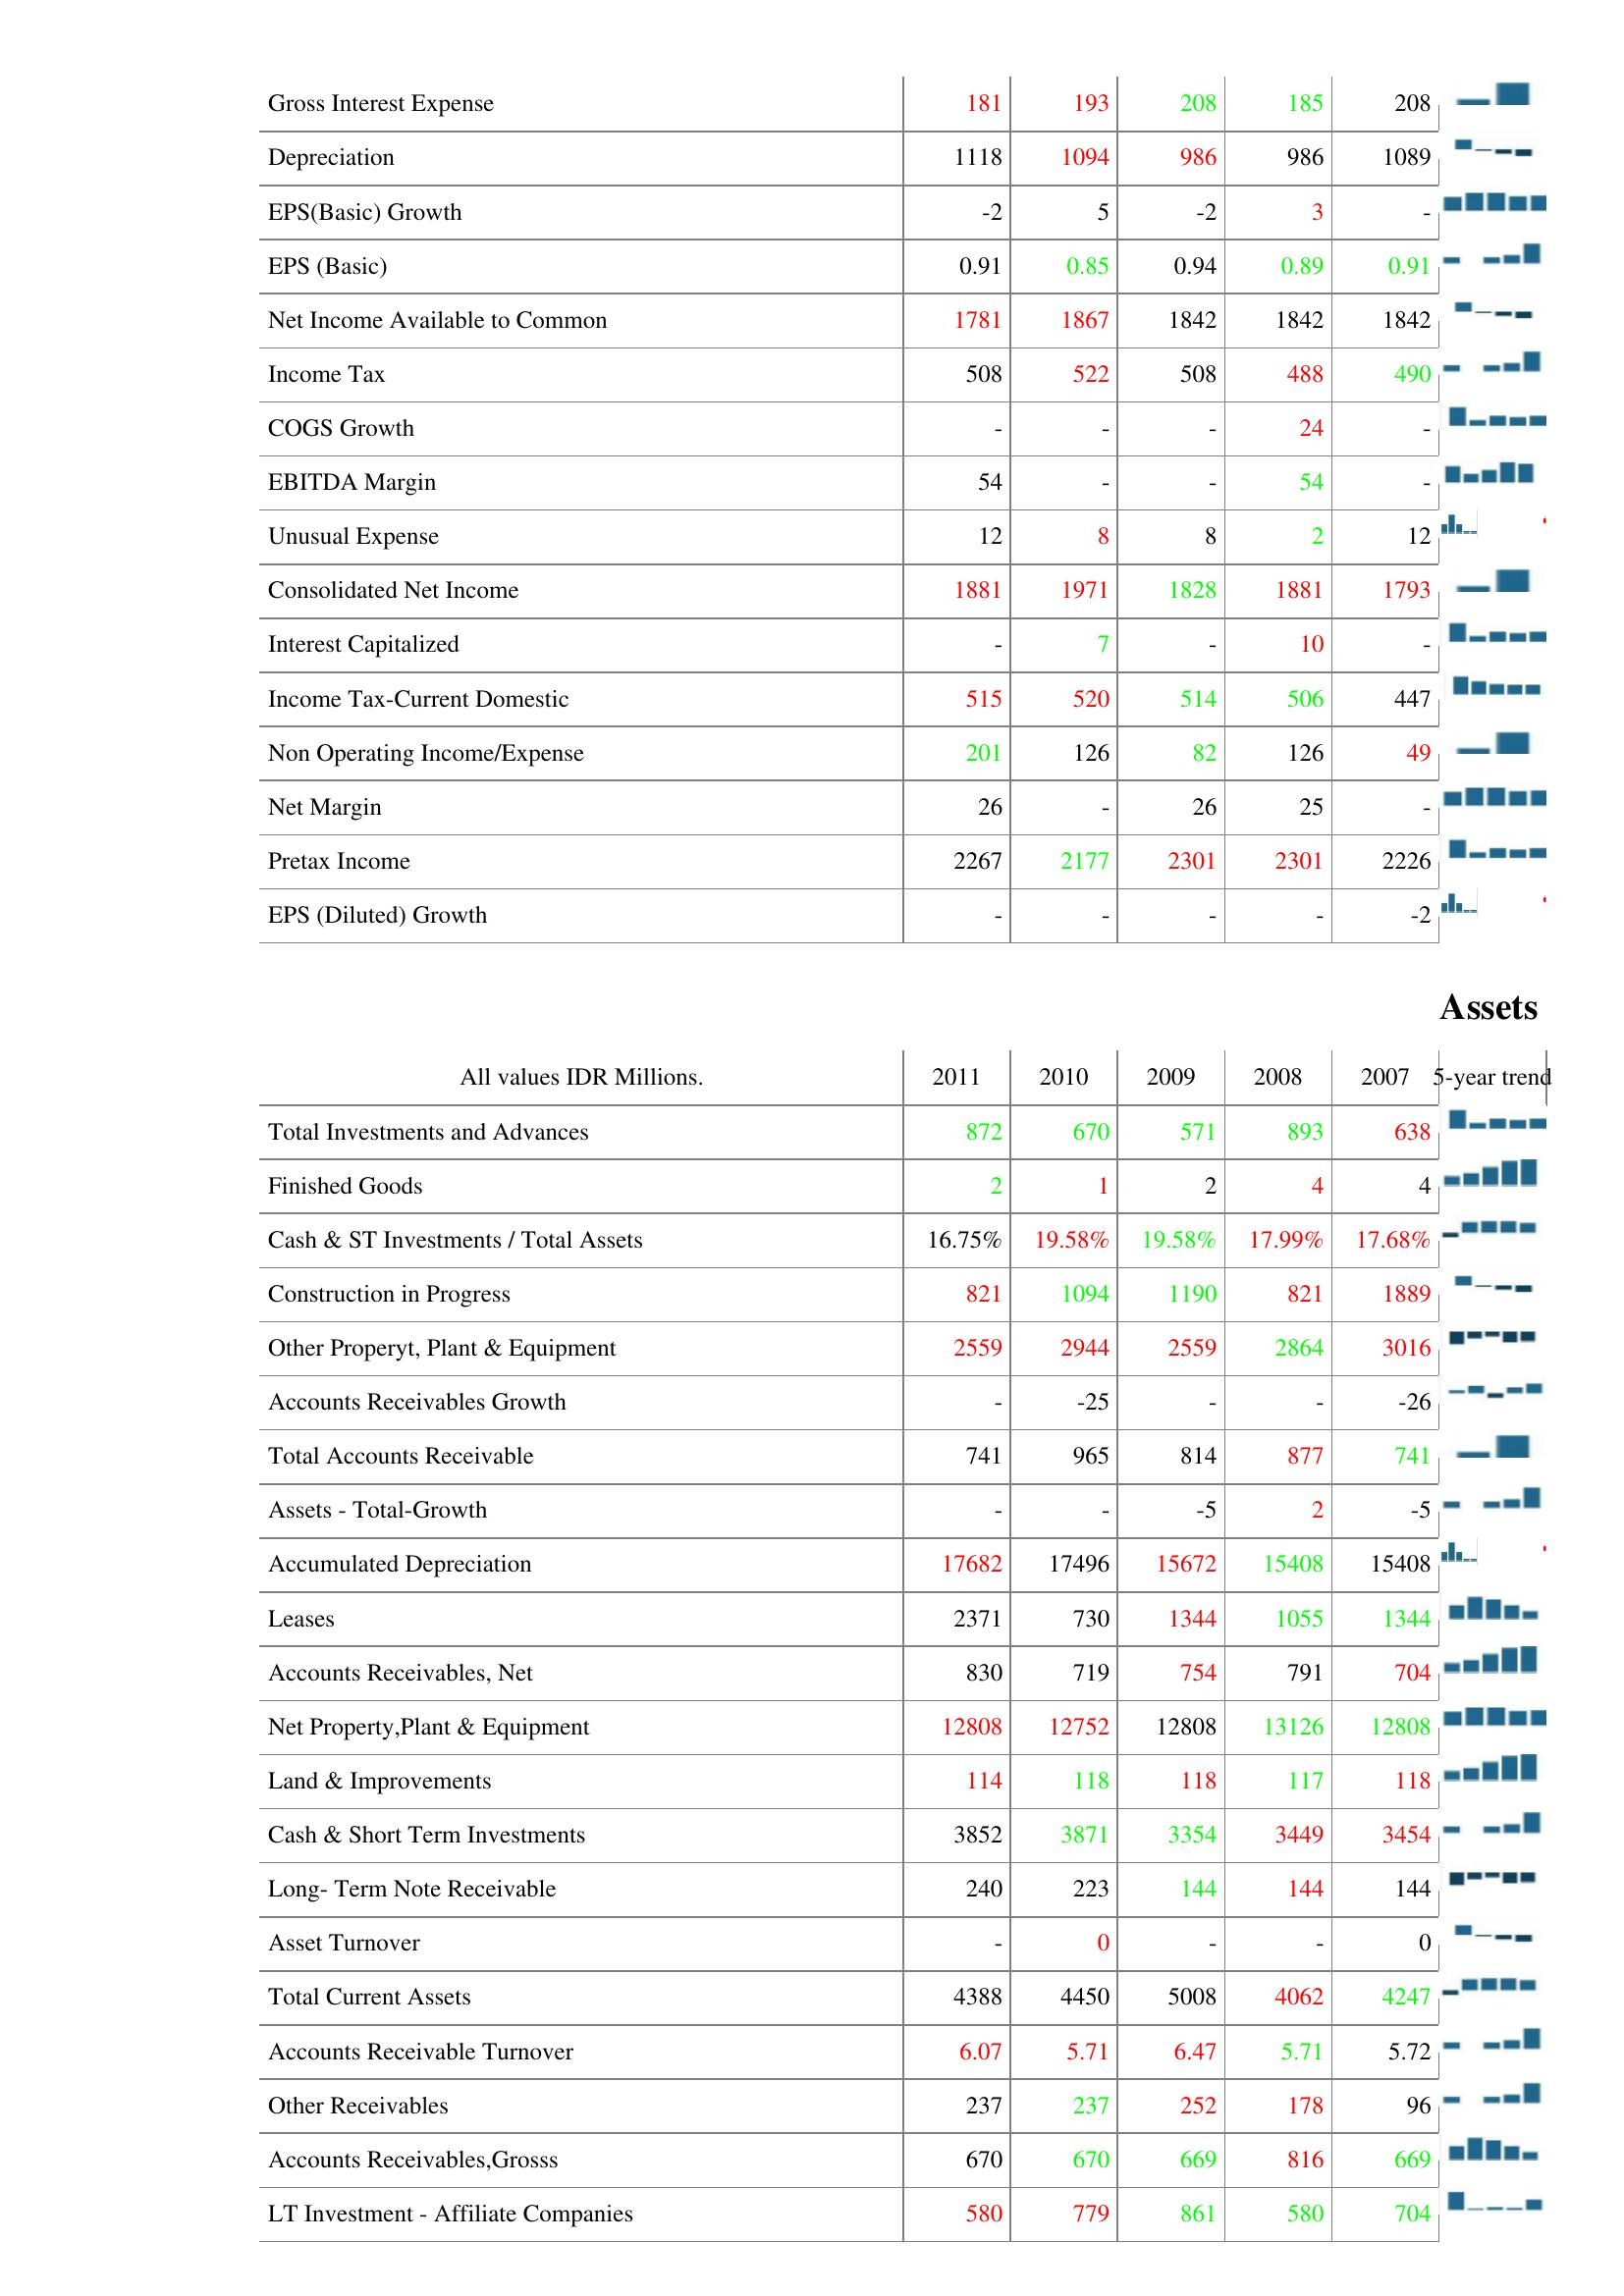
2011: : Gross Interest Expense: 181
Depreciation: 1118
EPS(Basic) Growth: -2
EPS (Basic): 0.91
Net Income Available to Common: 1781
Income Tax: 508
COGS Growth: -
EBITDA Margin: 54
Unusual Expense: 12
Consolidated Net Income: 1881
Interest Capitalized: -
Income Tax-Current Domestic: 515
Non Operating Income/Expense: 201
Net Margin: 26
Pretax Income: 2267
EPS (Diluted) Growth: -
Assets: Total Investments and Advances: 872
Finished Goods: 2
Cash & ST Investments / Total Assets: 16.75%
Construction in Progress: 821
Other Properyt, Plant & Equipment: 2559
Accounts Receivables Growth: -
Total Accounts Receivable: 741
Assets - Total-Growth: -
Accumulated Depreciation: 17682
Leases: 2371
Accounts Receivables, Net: 830
Net Property,Plant & Equipment: 12808
Land & Improvements: 114
Cash & Short Term Investments: 3852
Long- Term Note Receivable: 240
Asset Turnover: -
Total Current Assets: 4388
Accounts Receivable Turnover: 6.07
Other Receivables: 237
Accounts Receivables,Grosss: 670
LT Investment - Affiliate Companies: 580
2010: : Gross Interest Expense: 193
Depreciation: 1094
EPS(Basic) Growth: 5
EPS (Basic): 0.85
Net Income Available to Common: 1867
Income Tax: 522
COGS Growth: -
EBITDA Margin: -
Unusual Expense: 8
Consolidated Net Income: 1971
Interest Capitalized: 7
Income Tax-Current Domestic: 520
Non Operating Income/Expense: 126
Net Margin: -
Pretax Income: 2177
EPS (Diluted) Growth: -
Assets: Total Investments and Advances: 670
Finished Goods: 1
Cash & ST Investments / Total Assets: 19.58%
Construction in Progress: 1094
Other Properyt, Plant & Equipment: 2944
Accounts Receivables Growth: -25
Total Accounts Receivable: 965
Assets - Total-Growth: -
Accumulated Depreciation: 17496
Leases: 730
Accounts Receivables, Net: 719
Net Property,Plant & Equipment: 12752
Land & Improvements: 118
Cash & Short Term Investments: 3871
Long- Term Note Receivable: 223
Asset Turnover: 0
Total Current Assets: 4450
Accounts Receivable Turnover: 5.71
Other Receivables: 237
Accounts Receivables,Grosss: 670
LT Investment - Affiliate Companies: 779
2009: : Gross Interest Expense: 208
Depreciation: 986
EPS(Basic) Growth: -2
EPS (Basic): 0.94
Net Income Available to Common: 1842
Income Tax: 508
COGS Growth: -
EBITDA Margin: -
Unusual Expense: 8
Consolidated Net Income: 1828
Interest Capitalized: -
Income Tax-Current Domestic: 514
Non Operating Income/Expense: 82
Net Margin: 26
Pretax Income: 2301
EPS (Diluted) Growth: -
Assets: Total Investments and Advances: 571
Finished Goods: 2
Cash & ST Investments / Total Assets: 19.58%
Construction in Progress: 1190
Other Properyt, Plant & Equipment: 2559
Accounts Receivables Growth: -
Total Accounts Receivable: 814
Assets - Total-Growth: -5
Accumulated Depreciation: 15672
Leases: 1344
Accounts Receivables, Net: 754
Net Property,Plant & Equipment: 12808
Land & Improvements: 118
Cash & Short Term Investments: 3354
Long- Term Note Receivable: 144
Asset Turnover: -
Total Current Assets: 5008
Accounts Receivable Turnover: 6.47
Other Receivables: 252
Accounts Receivables,Grosss: 669
LT Investment - Affiliate Companies: 861
2008: : Gross Interest Expense: 185
Depreciation: 986
EPS(Basic) Growth: 3
EPS (Basic): 0.89
Net Income Available to Common: 1842
Income Tax: 488
COGS Growth: 24
EBITDA Margin: 54
Unusual Expense: 2
Consolidated Net Income: 1881
Interest Capitalized: 10
Income Tax-Current Domestic: 506
Non Operating Income/Expense: 126
Net Margin: 25
Pretax Income: 2301
EPS (Diluted) Growth: -
Assets: Total Investments and Advances: 893
Finished Goods: 4
Cash & ST Investments / Total Assets: 17.99%
Construction in Progress: 821
Other Properyt, Plant & Equipment: 2864
Accounts Receivables Growth: -
Total Accounts Receivable: 877
Assets - Total-Growth: 2
Accumulated Depreciation: 15408
Leases: 1055
Accounts Receivables, Net: 791
Net Property,Plant & Equipment: 13126
Land & Improvements: 117
Cash & Short Term Investments: 3449
Long- Term Note Receivable: 144
Asset Turnover: -
Total Current Assets: 4062
Accounts Receivable Turnover: 5.71
Other Receivables: 178
Accounts Receivables,Grosss: 816
LT Investment - Affiliate Companies: 580
2007: : Gross Interest Expense: 208
Depreciation: 1089
EPS(Basic) Growth: -
EPS (Basic): 0.91
Net Income Available to Common: 1842
Income Tax: 490
COGS Growth: -
EBITDA Margin: -
Unusual Expense: 12
Consolidated Net Income: 1793
Interest Capitalized: -
Income Tax-Current Domestic: 447
Non Operating Income/Expense: 49
Net Margin: -
Pretax Income: 2226
EPS (Diluted) Growth: -2
Assets: Total Investments and Advances: 638
Finished Goods: 4
Cash & ST Investments / Total Assets: 17.68%
Construction in Progress: 1889
Other Properyt, Plant & Equipment: 3016
Accounts Receivables Growth: -26
Total Accounts Receivable: 741
Assets - Total-Growth: -5
Accumulated Depreciation: 15408
Leases: 1344
Accounts Receivables, Net: 704
Net Property,Plant & Equipment: 12808
Land & Improvements: 118
Cash & Short Term Investments: 3454
Long- Term Note Receivable: 144
Asset Turnover: 0
Total Current Assets: 4247
Accounts Receivable Turnover: 5.72
Other Receivables: 96
Accounts Receivables,Grosss: 669
LT Investment - Affiliate Companies: 704